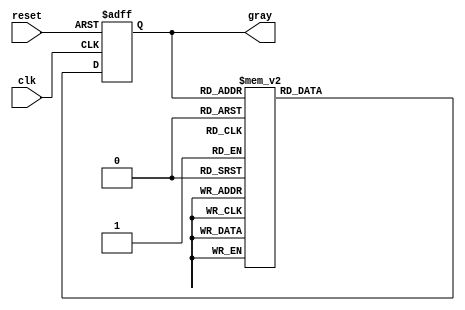
module gray_code_async_counter (
    input wire clk,          // Clock input
    input wire reset,        // Asynchronous reset input
    output reg [2:0] gray    // 3-bit Gray Code output
);

// Internal signals for the next state
reg [2:0] next_gray;

// Combinational logic to determine the next state in Gray Code
always @(*) begin
    case (gray)
        3'b000: next_gray = 3'b001;
        3'b001: next_gray = 3'b011;
        3'b011: next_gray = 3'b010;
        3'b010: next_gray = 3'b110;
        3'b110: next_gray = 3'b111;
        3'b111: next_gray = 3'b101;
        3'b101: next_gray = 3'b100;
        3'b100: next_gray = 3'b000;
        default: next_gray = 3'b000; // Default case for safety
    endcase
end

// Asynchronous reset and state update on clock edge
always @(posedge clk or posedge reset) begin
    if (reset) begin
        gray <= 3'b000; // Initialize to 000 on reset
    end else begin
        gray <= next_gray; // Update state to next state
    end
end

endmodule